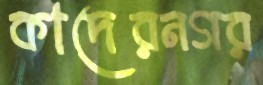
কাদেরনগর